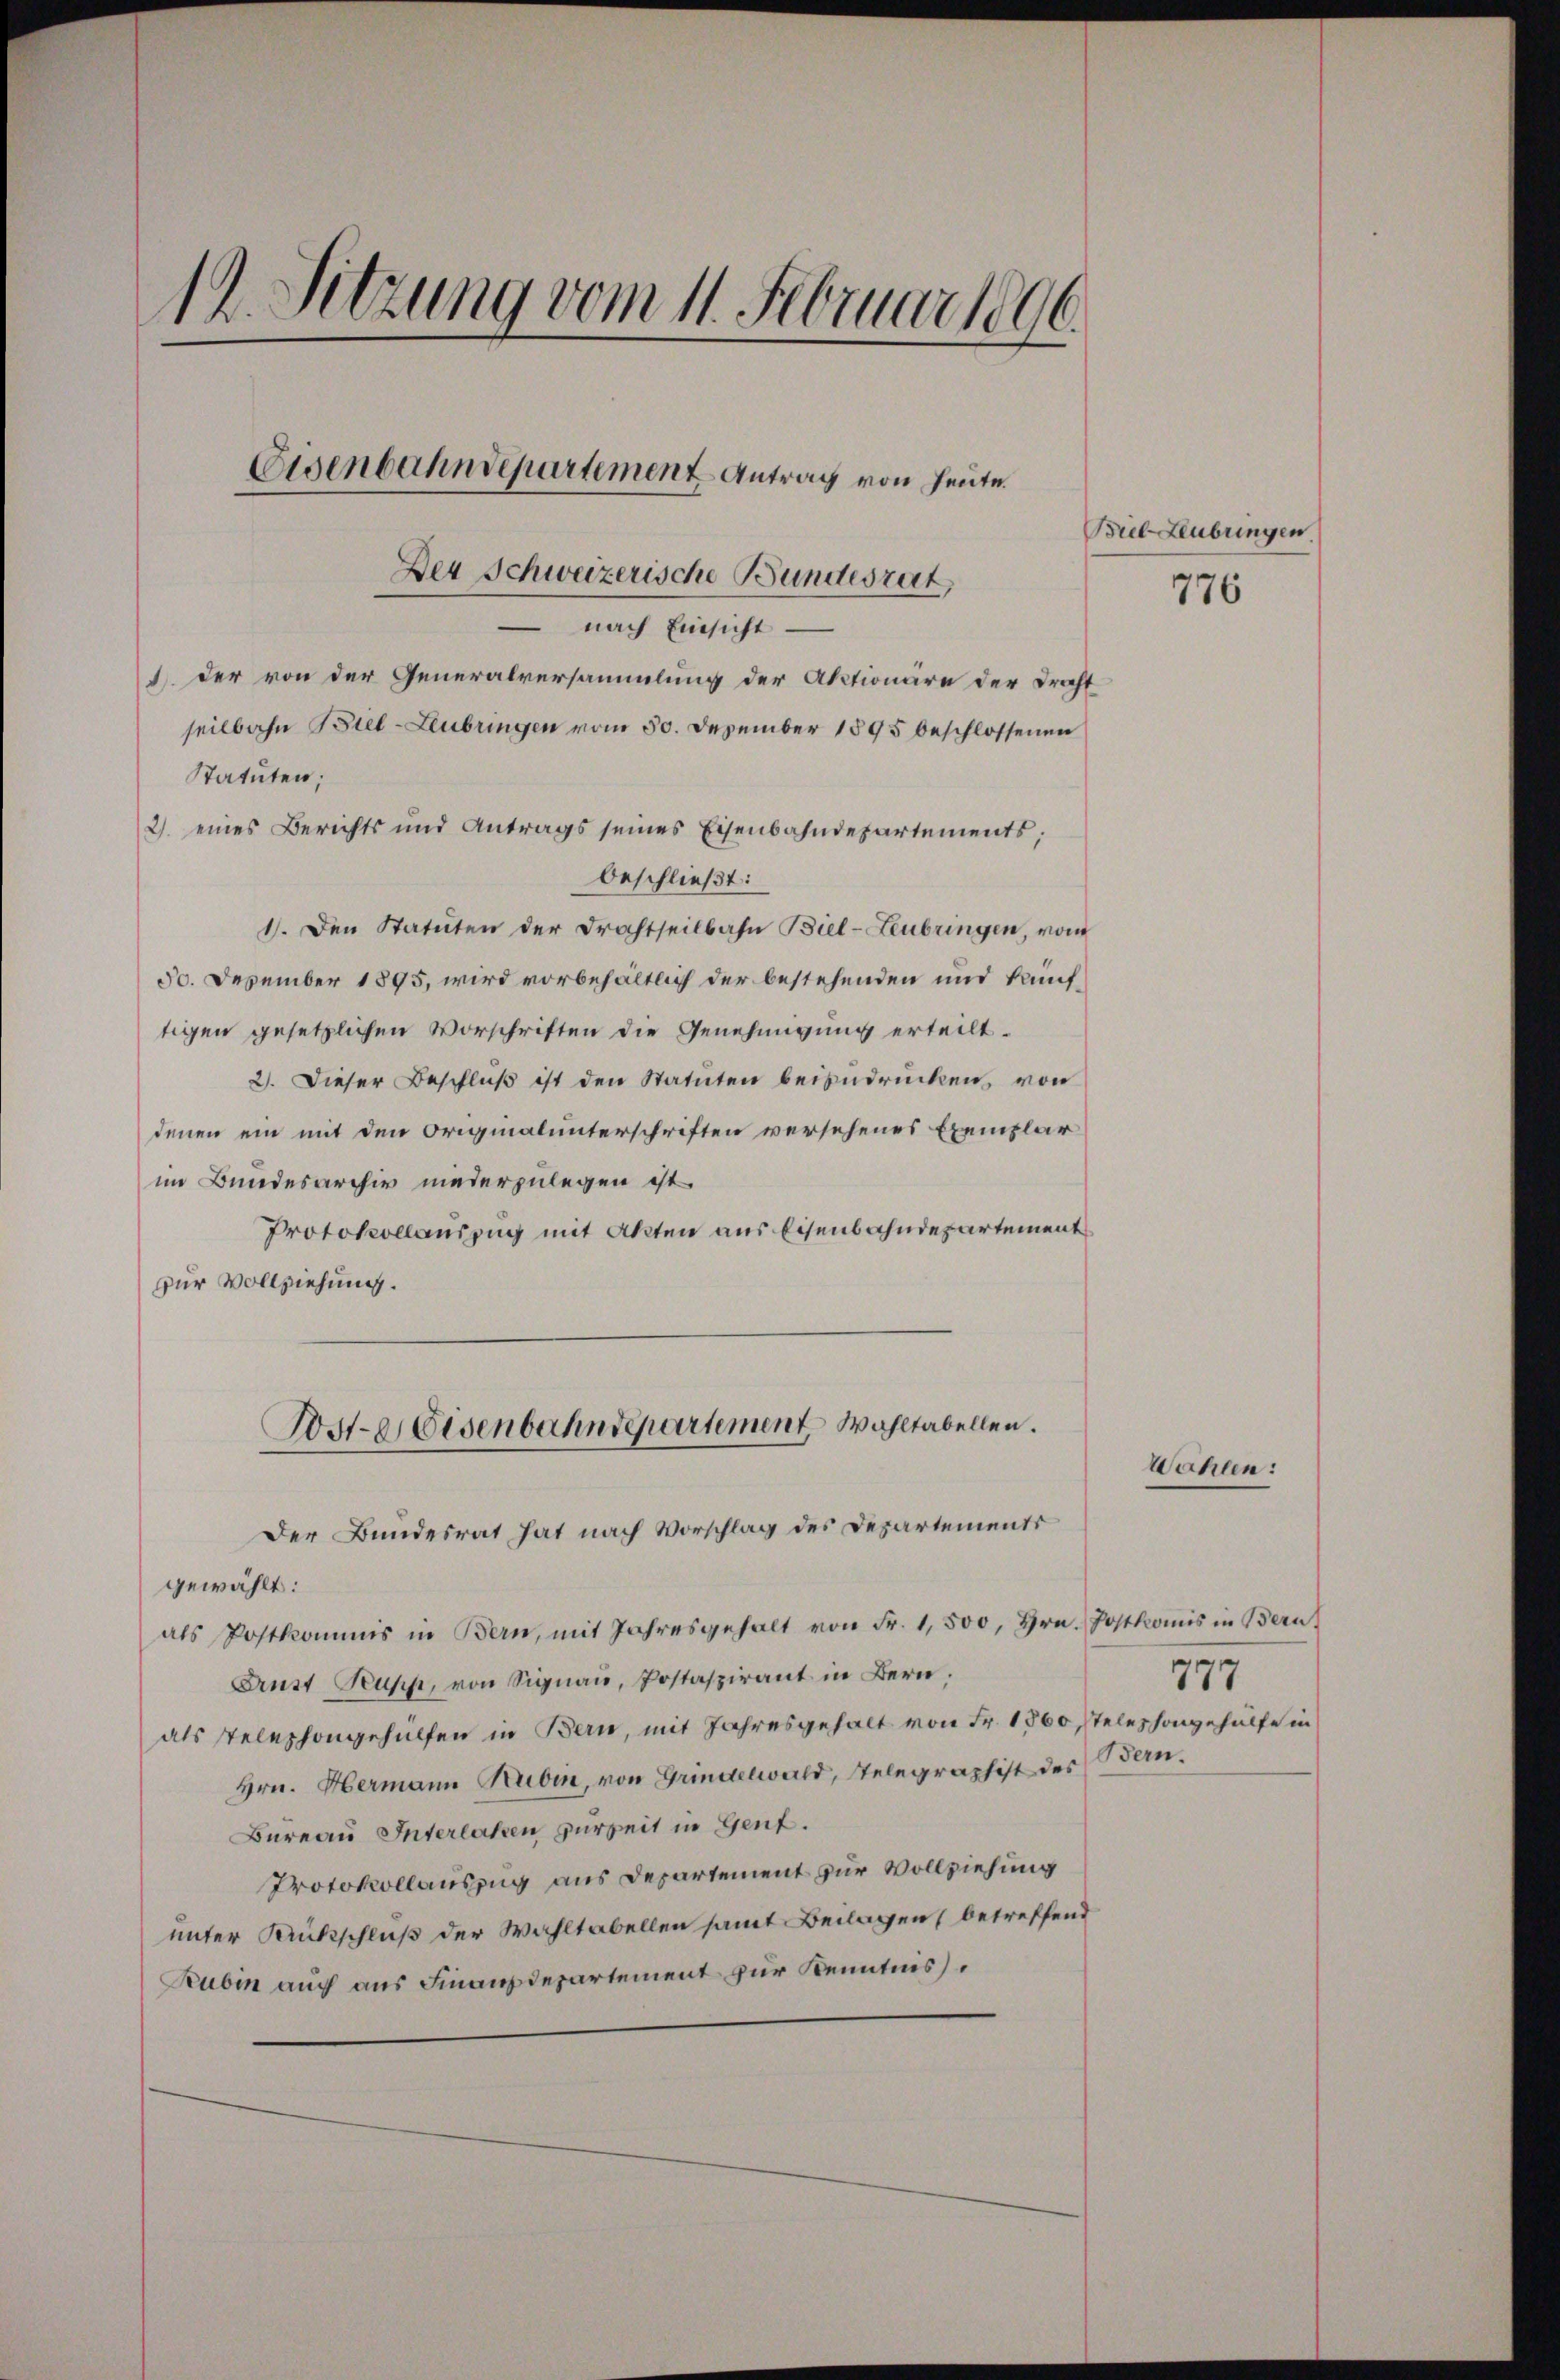
1 Sitzung vom 11. Februar 1896.
Eisenbahndepartement Antrag von heute.
Der Schweizerische Bundesrat,

nach Einsicht
. der von der Generalversammlung der Aktionäre der Draht
seilbahn Biel-Leubringen vom 50. Dezember 1895 beschlossenen
Statuten;
2. eines Berichts und Antrags seines Eisenbahndepartements;
beschließt:
1). Den Statuten der Drahtseitbahn Biel-Leubringen, vom
50. Dezember 1895, wird vorbehältlich der bestehenden und kauftigen gesetzlichen Vorschriften die Genehmigung erteilt.
2). Dieser Beschluß ist den Statuten beizudrücken, von
denen ein mit den Originalunterschriften versehenes Exemplar
im Bundesarchiv niederzulegen ist.
Protokollauszug mit Akten aus Eisenbahndepartement
zur Vollziehung.
Vst-Weisenbahndepartement, Wahltabellen.
Der Bundesrat hat nach Vorschlag des Departements
gewählt:
als Postkommis in Bern, mit Jahresgehalt von Fr. 1,500, Hrn. Postkomis in Bern
Arust Pupp, von Signau, Postaspirant in Bern.
als telephongehülfen in Bern, mit Jahresgehalt von Fr. 1860, Telephongehülfe in
Hrn. Hermann Rubin, von Grindelwald, Telegraphist des Bern.
Bureau Interlaken zur Zeit in Gent.
Protokollauszug aus Departement zur Vollziehung
unter Rückschluß der Wahltabellen samt Beilagen (betreffend
Rubin auch aus Finanzdepartement zur Kenntnis

Biel Leubringen

776

Wahlen:

¬
.